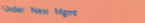
Under New Mgmt